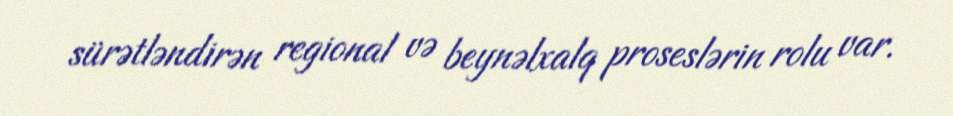
sürətləndirən regional və beynəlxalq proseslərin rolu var.